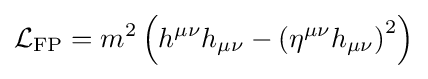
{\mathcal {L}}_{\mathrm {FP} }=m^{2}\left(h^{\mu \nu }h_{\mu \nu }-\left(\eta ^{\mu \nu }h_{\mu \nu }\right)^{2}\right)